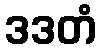
ဒဒတံ